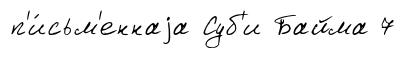
п'и́сьм'еннаjа Суб'и Байма 7